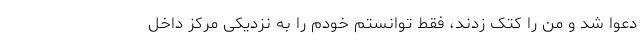
دعوا شد و من را کتک زدند، فقط توانستم خودم را به نزدیکی مرکز داخل